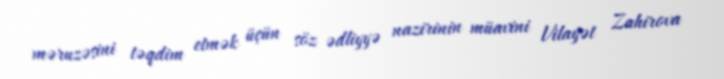
məruzəsini təqdim etmək üçün söz ədliyyə nazirinin müavini Vilayət Zahirova